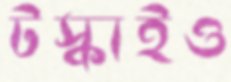
টস্‌কাইও